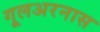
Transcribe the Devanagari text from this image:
गूलअरनास